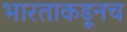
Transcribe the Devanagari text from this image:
भारताकडूनच